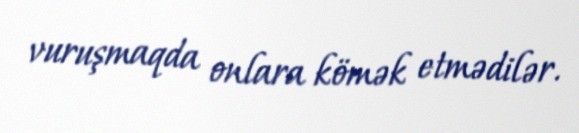
vuruşmaqda onlara kömək etmədilər.